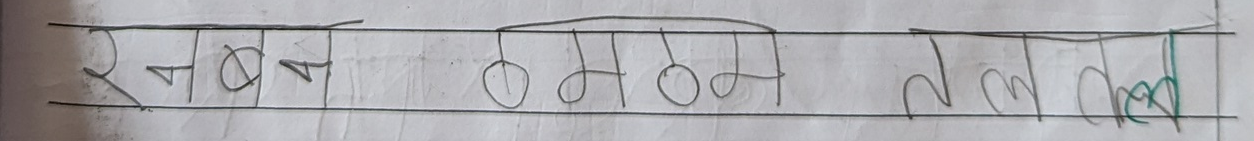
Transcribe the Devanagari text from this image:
रनबटमटल्लट